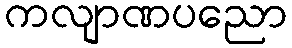
ကလျာဏပညော